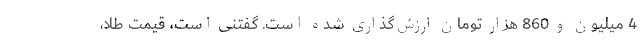
4 میلیون و 860 هزار تومان ارزش‌گذاری شده است. گفتنی است، قیمت طلا،